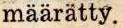
määrätty.